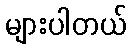
များပါတယ်